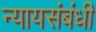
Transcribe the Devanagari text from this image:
न्यायसंबंधी